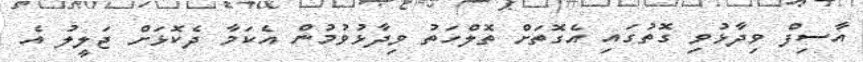
އާސިފް ވިދާޅުވި ގޮތުގައި އެގޮތަށް ތޮލްހަތު ވިދާޅުވުމުން އެކަމާ ދެކޮޅަށް ޖަލީލު އެ